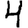
Digit: 4